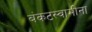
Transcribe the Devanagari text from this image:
बंकटस्वामींना